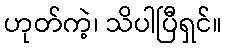
ဟုတ်ကဲ့၊ သိပါပြီရှင်။